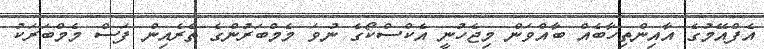
އެފްއޭމުގެ އާއިންތިހާބެއް ބާއްވަން މިޖެހުނީ އެކްސްކޯގެ ނުވަ މެމްބަރުންގެ ތެރެއިން ފަސް މެމްބަރަކު